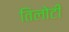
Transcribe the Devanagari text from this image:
तिलोटी